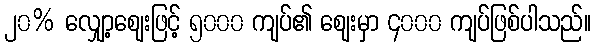
၂၀% လျှော့ဈေးဖြင့် ၅၀၀၀ ကျပ်၏ ဈေးမှာ ၄၀၀၀ ကျပ်ဖြစ်ပါသည်။